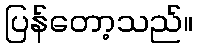
ပြန်တော့သည်။